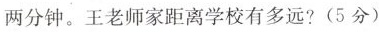
两分钟。王老师家距离学校有多远?(5分)